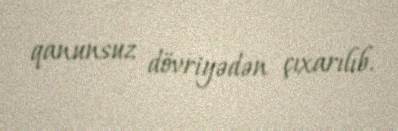
qanunsuz dövriyədən çıxarılıb.